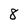
Character: 8